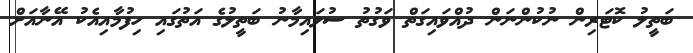
ބަތީލު ކޮޓަރިން ނުކުންނަން ދުއްވައިގަތް ވަގުތު ސުލައިމާނު ބަތީލުގެ އަތުގައި ހިފުމާއިއެކު އޭނާއަށް